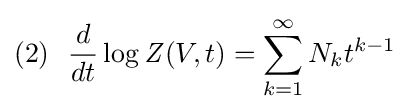
(2)\ \ {\frac {d}{dt}}\log {\mathit {Z}}(V,t)=\sum _{k=1}^{\infty }N_{k}t^{k-1}\